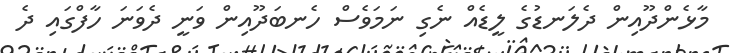
މާޅެންދޫއިން ދެލަނޑުގެ ލީޑެއް ނެގި ނަމަވެސް ހެނބަދޫއިން ވަނީ ދެވަނަ ހާފްގައި ދެ